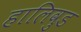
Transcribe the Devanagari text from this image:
हालिवुड